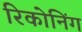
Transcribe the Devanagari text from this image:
रिकोनिंग